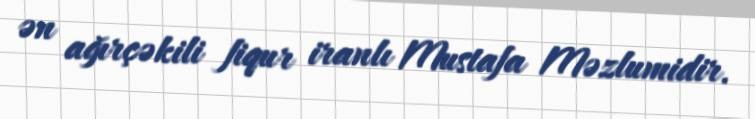
ən ağırçəkili fiqur iranlı Mustafa Məzlumidir.